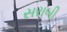
સરાબી